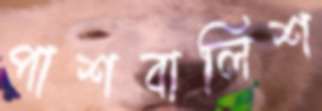
পাশবালিশ